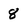
Character: 8